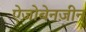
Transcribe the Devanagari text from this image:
ऐज़ोबेनज़ीन